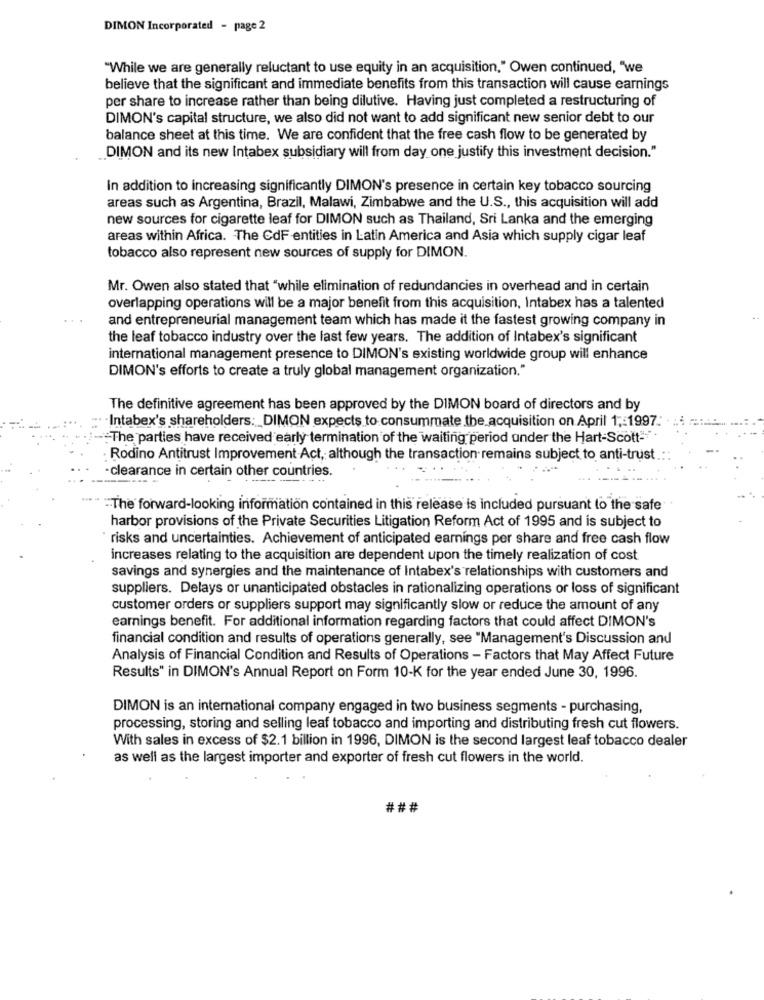
DIMON Incorporated - page 2
"While we are generally reluctant to use equity in an acquisition," Owen continued, "we
believe that the significant and immediate benefits from this transaction will cause earnings
per share to increase rather than being dilutive. Having just completed a restructuring of
DIMON's capital structure, we also did not want to add significant new senior debt to our
balance sheet at this time. We are confident that the free cash flow to be generated by
DIMON and its new Intabex subsidiary will from day one justify this investment decision."
In addition to increasing significantly DIMON's presence in certain key tobacco sourcing
areas such as Argentina, Brazil, Malawi, Zimbabwe and the U.S ., this acquisition will add
new sources for cigarette leaf for DIMON such as Thailand, Sri Lanka and the emerging
areas within Africa. The CdF entities in Latin America and Asia which supply cigar leaf
tobacco also represent new sources of supply for DIMON.
Mr. Owen also stated that "while elimination of redundancies in overhead and in certain
overlapping operations will be a major benefit from this acquisition, Intabex has a talented
and entrepreneurial management team which has made it the fastest growing company in
the leaf tobacco industry over the last few years. The addition of Intabex's significant
international management presence to DIMON's existing worldwide group will enhance
DIMON's efforts to create a truly global management organization."
The definitive agreement has been approved by the DIMON board of directors and by
· · Intabex's shareholders: DIMON expects to consummate the acquisition on April 1 ,: 1997.
:The parties have received early termination of the waiting period under the Hart-Scott-
Rodino Antitrust Improvement Act, although the transaction remains subject to anti-trust
-clearance in certain other countries.
"The forward-looking information contained in this release is included pursuant to the safe
harbor provisions of the Private Securities Litigation Reform Act of 1995 and is subject to
* risks and uncertainties. Achievement of anticipated earnings per share and free cash flow
increases relating to the acquisition are dependent upon the timely realization of cost
savings and synergies and the maintenance of Intabex's relationships with customers and
suppliers. Delays or unanticipated obstacles in rationalizing operations or loss of significant
customer orders or suppliers support may significantly slow or reduce the amount of any
earnings benefit. For additional information regarding factors that could affect DIMON's
financial condition and results of operations generally, see "Management's Discussion and
Analysis of Financial Condition and Results of Operations - Factors that May Affect Future
Results" in DIMON's Annual Report on Form 10-K for the year ended June 30, 1996.
DIMON is an international company engaged in two business segments - purchasing,
processing, storing and selling leaf tobacco and importing and distributing fresh cut flowers.
With sales in excess of $2.1 billion in 1996, DIMON is the second largest leaf tobacco dealer
as well as the largest importer and exporter of fresh cut flowers in the world.
###